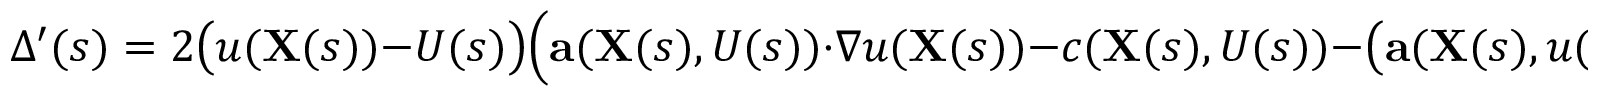
\Delta ^ { \prime } ( s ) = 2 { \big ( } u ( \mathbf { X } ( s ) ) - U ( s ) { \big ) } { \Big ( } \mathbf { a } ( \mathbf { X } ( s ) , U ( s ) ) \cdot \nabla u ( \mathbf { X } ( s ) ) - c ( \mathbf { X } ( s ) , U ( s ) ) - { \big ( } \mathbf { a } ( \mathbf { X } ( s ) , u ( \mathbf { X } ( s ) ) ) \cdot \nabla u ( \mathbf { X } ( s ) ) - c ( \mathbf { X } ( s ) , u ( \mathbf { X } ( s ) ) ) { \big ) } { \Big ) }